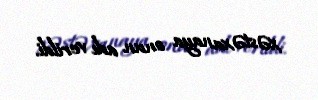
xəstəxanaya onun adı verildi.